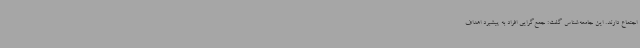
اجتماع دارند. این جامعه‌شناس گفت: جمع‌گرایی افراد به پیشبرد اهداف